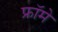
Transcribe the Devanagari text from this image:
फ्रॉमे